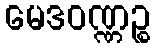
မေဒဝဏ္ဏဉ္စ